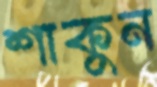
শাকুন